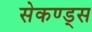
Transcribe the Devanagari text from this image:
सेकण्ड्स